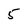
Character: 5